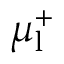
\mu _ { \mathrm { l } } ^ { + }